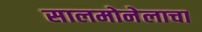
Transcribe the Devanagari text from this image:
सालमोनेलाचा